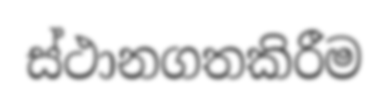
ස්ථානගතකිරීම